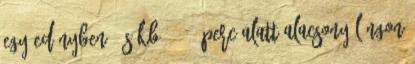
egy edényben, és kb 10-15 perc alatt alacsony lángon